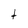
Character: t